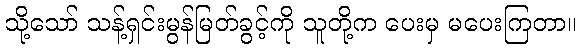
သို့သော် သန့်ရှင်းမွန်မြတ်ခွင့်ကို သူတို့က ပေးမှ မပေးကြတာ။